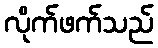
လိုက်ဖက်သည်